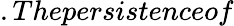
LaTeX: .The\textit{persistence}of